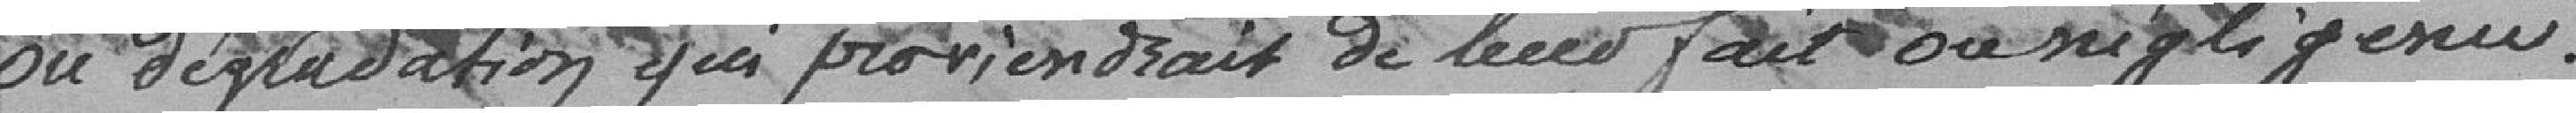
ou dégradation qui proviendrait de leur fait ou négligence.